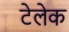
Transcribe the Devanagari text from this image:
टेलेक